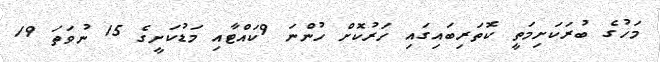
މަހުގެ ބުރަކަށިމަތީ ކޮތަރިބައިގައި ހަރުކޮށް ހުންނަ 9ކައްޓާއި މަޑުކަށީގެ 15 ނުވަތަ 19